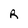
Character: R